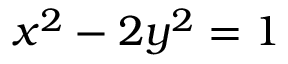
x ^ { 2 } - 2 y ^ { 2 } = 1